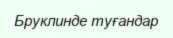
Бруклинде туғандар